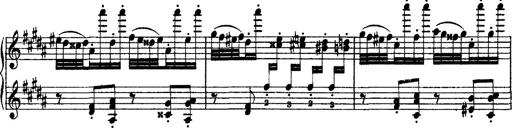
Title: Grandes Ã©tudes de Paganini
Composer: Franz Liszt